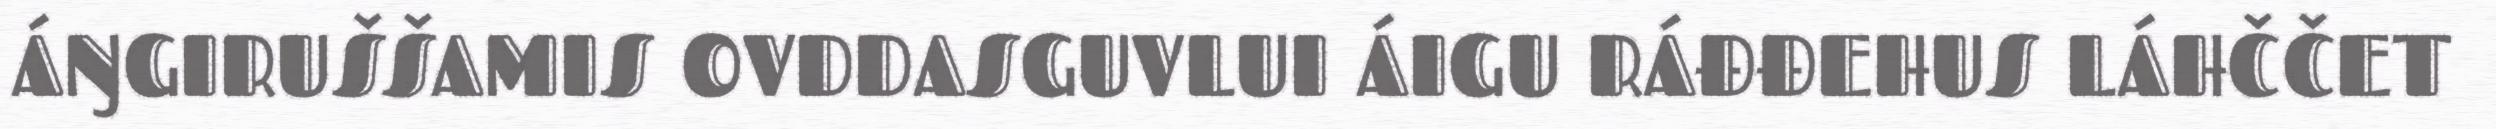
ÁŊGIRUŠŠAMIS OVDDASGUVLUI ÁIGU RÁĐĐEHUS LÁHČČET